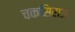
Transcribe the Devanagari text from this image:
चकसिराऊ